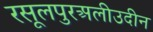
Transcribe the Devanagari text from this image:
रसूलपुरअलीउदीन